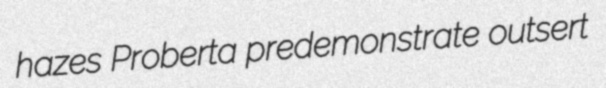
hazes Proberta predemonstrate outsert